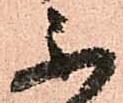
不